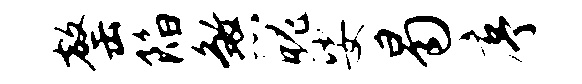
罄陷煞魄娑曷序